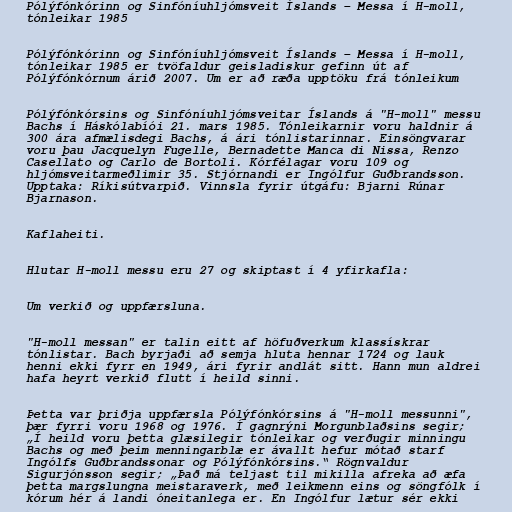
Pólýfónkórinn og Sinfóníuhljómsveit Íslands – Messa í H-moll,
tónleikar 1985

Pólýfónkórinn og Sinfóníuhljómsveit Íslands – Messa í H-moll,
tónleikar 1985 er tvöfaldur geisladiskur gefinn út af
Pólýfónkórnum árið 2007. Um er að ræða upptöku frá tónleikum

Pólýfónkórsins og Sinfóníuhljómsveitar Íslands á "H-moll" messu
Bachs í Háskólabíói 21. mars 1985. Tónleikarnir voru haldnir á
300 ára afmælisdegi Bachs, á ári tónlistarinnar. Einsöngvarar
voru þau Jacquelyn Fugelle, Bernadette Manca di Nissa, Renzo
Casellato og Carlo de Bortoli. Kórfélagar voru 109 og
hljómsveitarmeðlimir 35. Stjórnandi er Ingólfur Guðbrandsson.
Upptaka: Ríkisútvarpið. Vinnsla fyrir útgáfu: Bjarni Rúnar
Bjarnason.

Kaflaheiti.

Hlutar H-moll messu eru 27 og skiptast í 4 yfirkafla:

Um verkið og uppfærsluna.

"H-moll messan" er talin eitt af höfuðverkum klassískrar
tónlistar. Bach byrjaði að semja hluta hennar 1724 og lauk
henni ekki fyrr en 1949, ári fyrir andlát sitt. Hann mun aldrei
hafa heyrt verkið flutt í heild sinni.

Þetta var þriðja uppfærsla Pólýfónkórsins á "H-moll messunni",
þær fyrri voru 1968 og 1976. Í gagnrýni Morgunblaðsins segir;
„Í heild voru þetta glæsilegir tónleikar og verðugir minningu
Bachs og með þeim menningarblæ er ávallt hefur mótað starf
Ingólfs Guðbrandssonar og Pólýfónkórsins.“ Rögnvaldur
Sigurjónsson segir; „Það má teljast til mikilla afreka að æfa
þetta margslungna meistaraverk, með leikmenn eins og söngfólk í
kórum hér á landi óneitanlega er. En Ingólfur lætur sér ekki